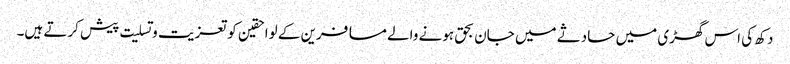
دکھ کی اس گھڑی میں حادثے میں جان بحق ہونے والے مسافرین کے لواحقین کو تعزیت و تسلیت پیش کرتے ہیں۔